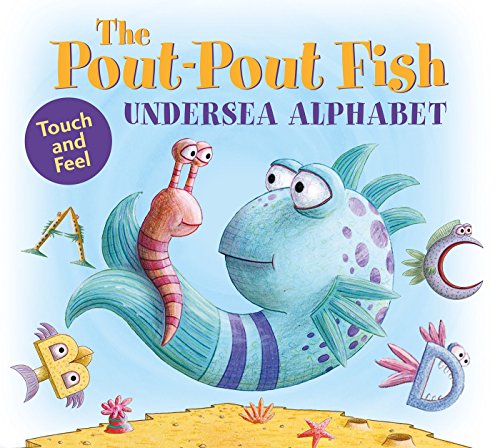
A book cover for The Pout-Pout Fish Undersea Alphabet: Touch and Feel (A Pout-Pout Fish Adventure); Deborah Diesen; Children's Books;